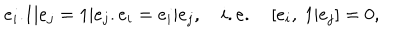
LaTeX: e _ { i } . 1 | e _ { j } = 1 | e _ { j } . e _ { i } = e _ { i } | e _ { j } , \quad i . e . \quad [ e _ { i } , ~ 1 | e _ { j } ] = 0 ,